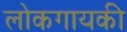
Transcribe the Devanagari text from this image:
लोकगायकी